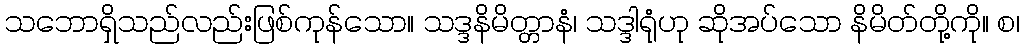
သဘောရှိသည်လည်းဖြစ်ကုန်သော။ သဒ္ဒနိမိတ္တာနံ၊ သဒ္ဒါရုံဟု ဆိုအပ်သော နိမိတ်တို့ကို။ စ၊